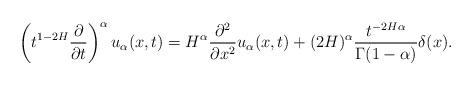
LaTeX: \begin{align*}\left(t^{1-2H}\frac{\partial}{\partial t}\right)^{\alpha} u_{\alpha}(x,t)= H^{\alpha}\frac{\partial^2}{\partial x^2}u_{\alpha}(x,t)+(2H)^{\alpha} \frac{t^{-2H\alpha}}{\Gamma(1-\alpha)}\delta(x).\end{align*}